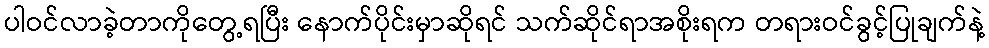
ပါဝင်လာခဲ့တာကိုတွေ့ရပြီး နောက်ပိုင်းမှာဆိုရင် သက်ဆိုင်ရာအစိုးရက တရားဝင်ခွင့်ပြုချက်နဲ့